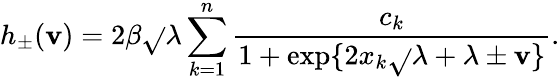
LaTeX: h_{\pm}(\mathbf{v})=2\beta\sqrt{}{{\lambda}}\sum_{k=1}^{n}\frac{{c_{k}}}{{1+\exp\{ 2x_{k}\sqrt{}{{\lambda}}+\lambda\pm\mathbf{v}\} }}.